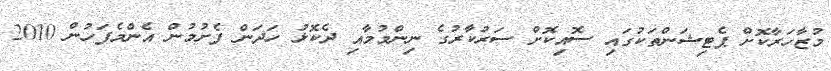
މުޒާހަރާކޮށް ޕެޓިޝަންތަކުގައި ސޮއިކޮށް ސަރުކާރުގެ ނިންމުމާއި ދެކޮޅު ހަދަން ފެށުމުން އެންމެފަހުން 2010